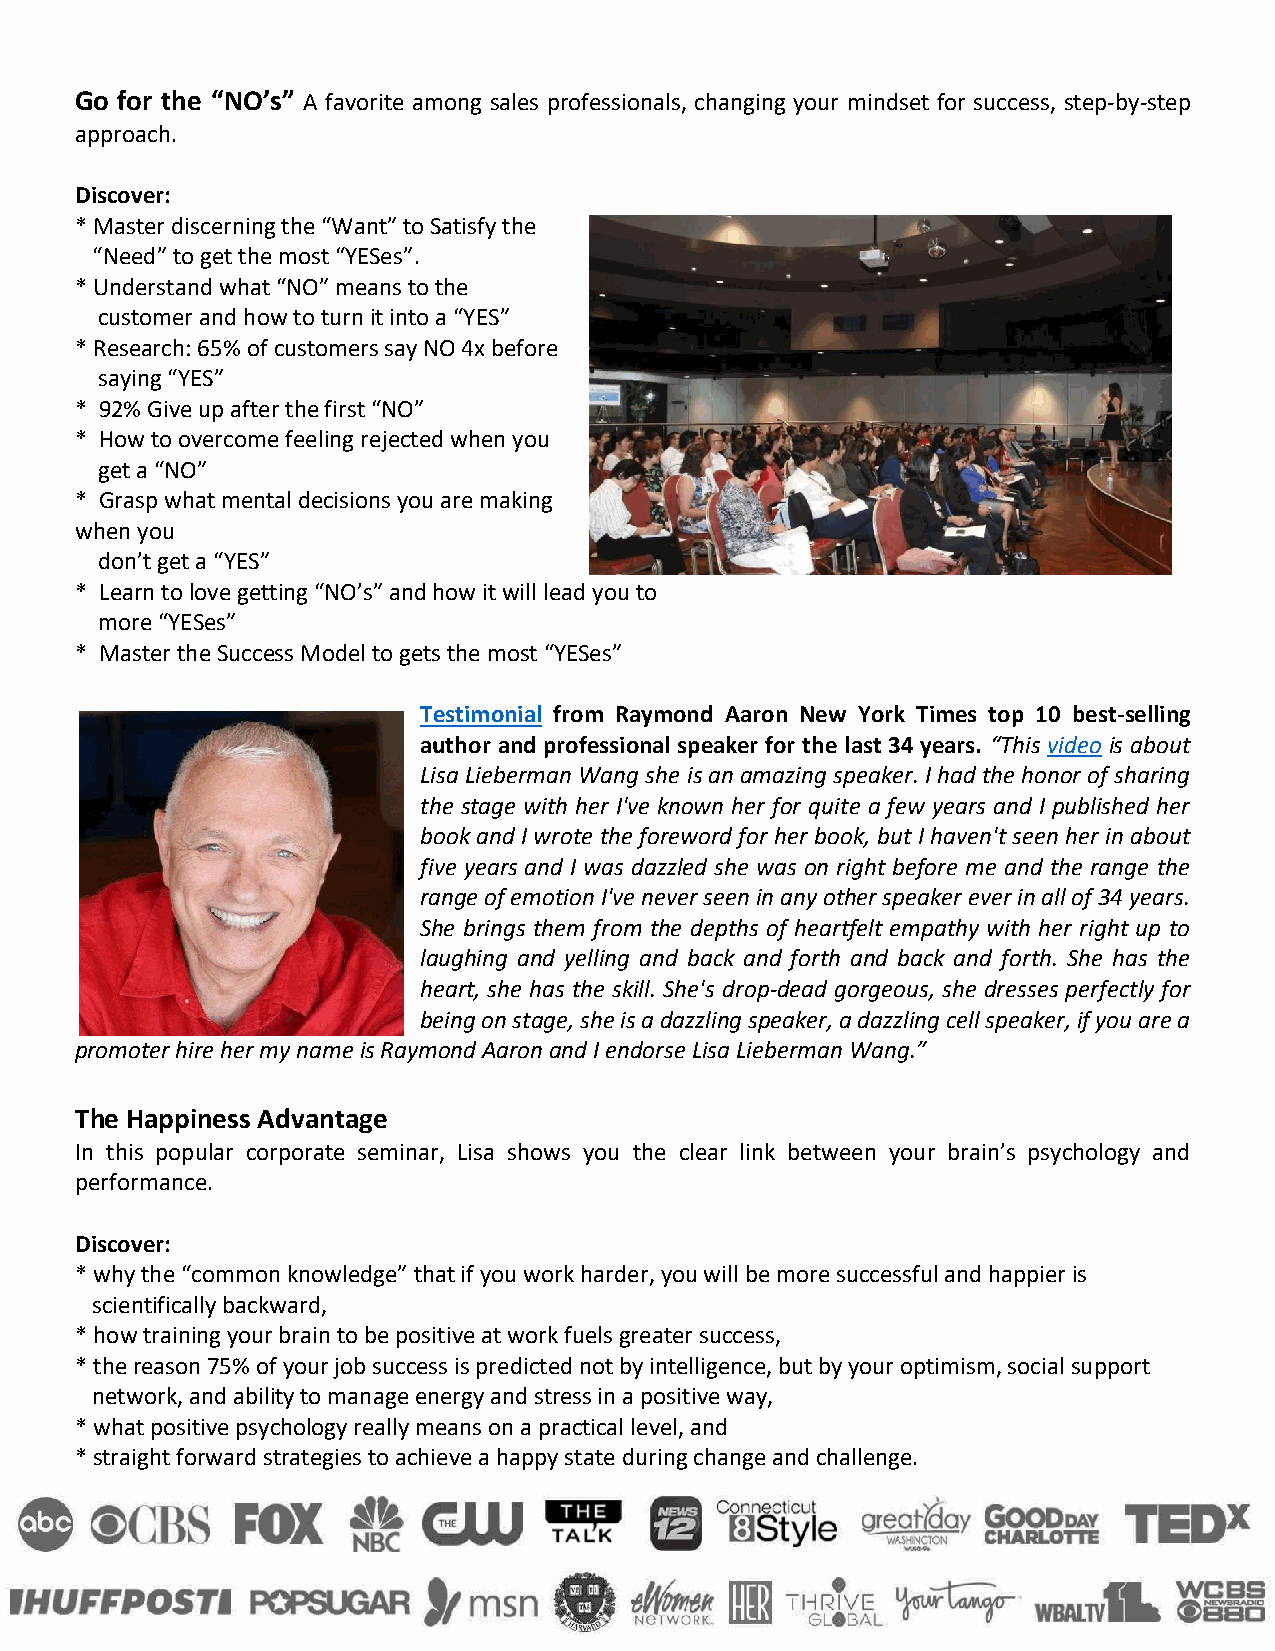
Go for the “NO’s” A favorite among sales professionals, changing your mindset for success, step-by-step
 approach.
 Discover:
 * Master discerning the “Want” to Satisfy the
 “Need” to get the most “YESes”.
 * Understand what “NO” means to the
 customer and how to turn it into a “YES”
 * Research: 65% of customers say NO 4x before
 saying “YES”
 * 92% Give up after the first “NO”
 * How to overcome feeling rejected when you
 get a “NO”
 * Grasp what mental decisions you are making
 when you
 don’t get a “YES”
 * Learn to love getting “NO’s” and how it will lead you to
 more “YESes”
 * Master the Success Model to gets the most “YESes”
 Testimonial from Raymond Aaron New York Times top 10 best-selling
 author and professional speaker for the last 34 years. “This video is about
 Lisa Lieberman Wang she is an amazing speaker. I had the honor of sharing
 the stage with her I've known her for quite a few years and I published her
 book and I wrote the foreword for her book, but I haven't seen her in about
 five years and I was dazzled she was on right before me and the range the
 range of emotion I've never seen in any other speaker ever in all of 34 years.
 She brings them from the depths of heartfelt empathy with her right up to
 laughing and yelling and back and forth and back and forth. She has the
 heart, she has the skill. She's drop-dead gorgeous, she dresses perfectly for
 being on stage, she is a dazzling speaker, a dazzling cell speaker, if you are a
 promoter hire her my name is Raymond Aaron and I endorse Lisa Lieberman Wang.”
 The Happiness Advantage
 In this popular corporate seminar, Lisa shows you the clear link between your brain’s psychology and
 performance.
 Discover:
 * why the “common knowledge” that if you work harder, you will be more successful and happier is
 scientifically backward,
 * how training your brain to be positive at work fuels greater success,
 * the reason 75% of your job success is predicted not by intelligence, but by your optimism, social support
 network, and ability to manage energy and stress in a positive way,
 * what positive psychology really means on a practical level, and
 * straight forward strategies to achieve a happy state during change and challenge.